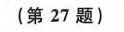
(第27题)